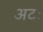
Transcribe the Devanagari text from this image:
अटः